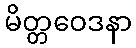
မိတ္တဝေဒနာ